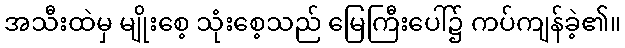
အသီးထဲမှ မျိုးစေ့ သုံးစေ့သည် မြေကြီးပေါ်၌ ကပ်ကျန်ခဲ့၏။